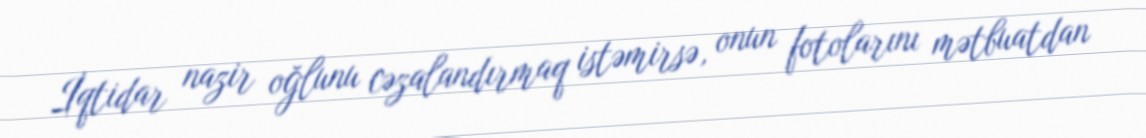
İqtidar nazir oğlunu cəzalandırmaq istəmirsə, onun fotolarını mətbuatdan